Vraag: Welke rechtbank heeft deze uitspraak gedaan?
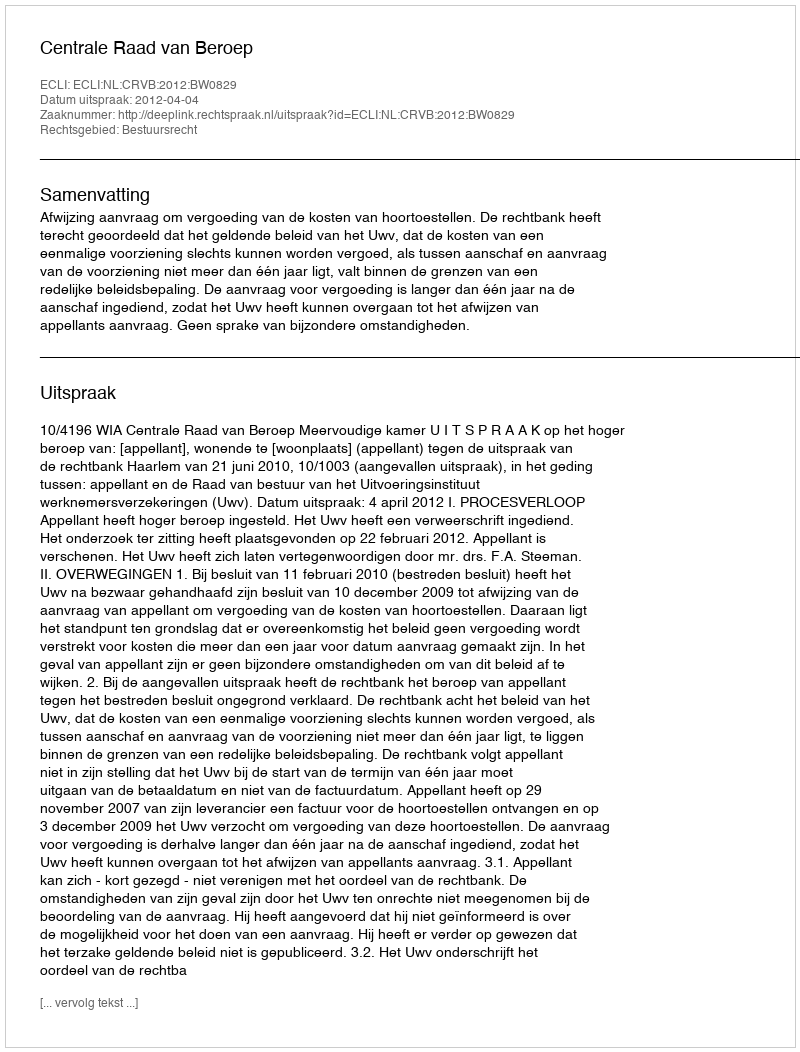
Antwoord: Centrale Raad van Beroep